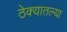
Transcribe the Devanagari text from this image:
ठेक्यातल्या